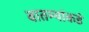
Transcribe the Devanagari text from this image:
बातम्यांकडे